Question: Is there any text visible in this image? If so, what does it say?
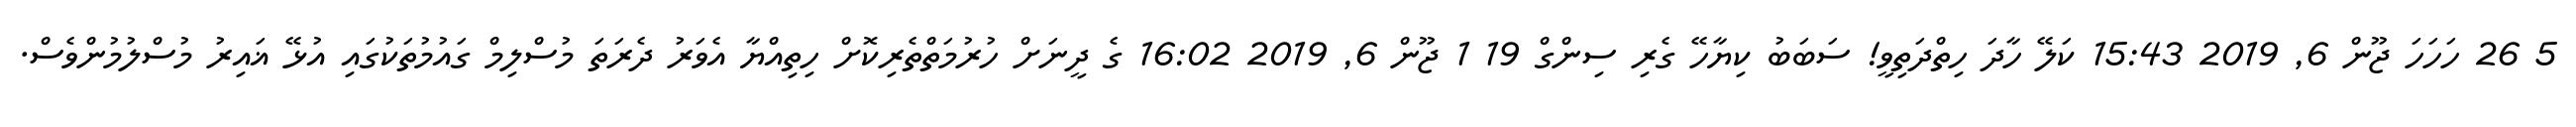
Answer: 5 26 ހަހަހަ ޖޫން 6, 2019 15:43 ކަލޭ ހާދަ ހިތްދަތިވީ! ސަބަބު ކިޔާހޭ ގެރި ސިންގް 19 1 ޖޫން 6, 2019 16:02 ގެ ދީނަށް ހުރުމަތްތެރިކޮށް ހިތިއްޔާ އެވަރު ދެރަތަ މުސްލިމް ގައުމުތަކުގައި އުޅޭ ޣައިރު މުސްލުމުންވެސް.